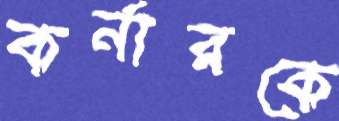
কর্নারকে